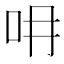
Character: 𠯍